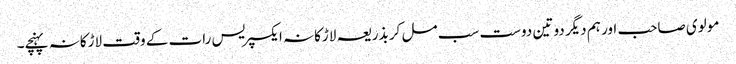
مولوی صاحب اور ہم دیگر دو تین دوست سب مل کر بذریعہ لاڑکانہ ایکسپریس رات کے وقت لاڑکانہ پہنچے۔